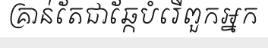
គ្រាន់តែជាឆ្កែបំរើពួកអ្នក